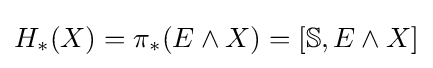
H_{*}(X)=\pi _{*}(E\wedge X)=[\mathbb {S} ,E\wedge X]